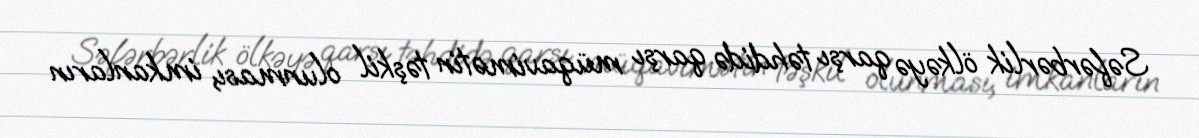
Səfərbərlik ölkəyə qarşı təhdidə qarşı müqavimətin təşkil olunması, imkanların